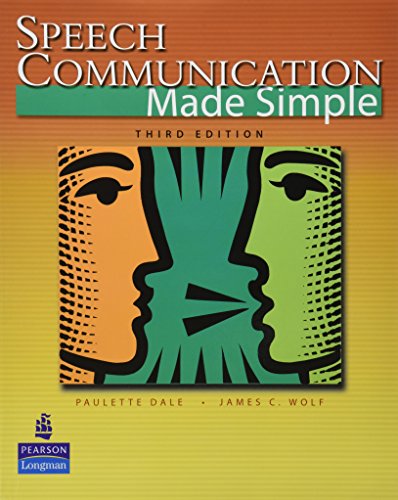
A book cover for Speech Communication Made Simple (3rd Edition); Paulette Dale; Reference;